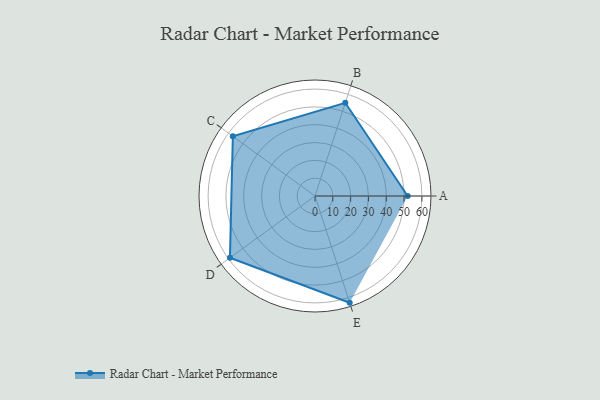
{"axis": {"x": "Skill", "y": "Score"}, "legend": ["Profile"], "data": [{"x": "A", "y": 52.0, "type": "Profile"}, {"x": "B", "y": 55.0, "type": "Profile"}, {"x": "C", "y": 57.0, "type": "Profile"}, {"x": "D", "y": 59.0, "type": "Profile"}, {"x": "E", "y": 63.0, "type": "Profile"}]}